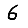
Digit: 6